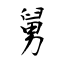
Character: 舅